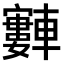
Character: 𫐂